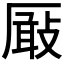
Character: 𠪬